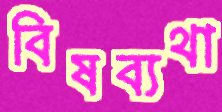
বিষব্যথা